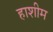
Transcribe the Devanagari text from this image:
हाशीम